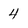
Character: 4